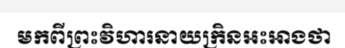
មកពីព្រះវិហារនាយក្រិនអះអាងថា